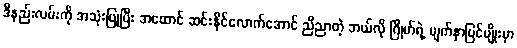
ဒီနည်းလမ်းကို အသုံးပြုပြီး အထောင် ဆင်းနိုင်လောက်အောင် ညီညာတဲ့ ဘယ်လို ဂြိုဟ်ရဲ့ မျက်နှာပြင်မျိုးမှာ